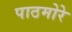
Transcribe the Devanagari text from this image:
पाठमोरे